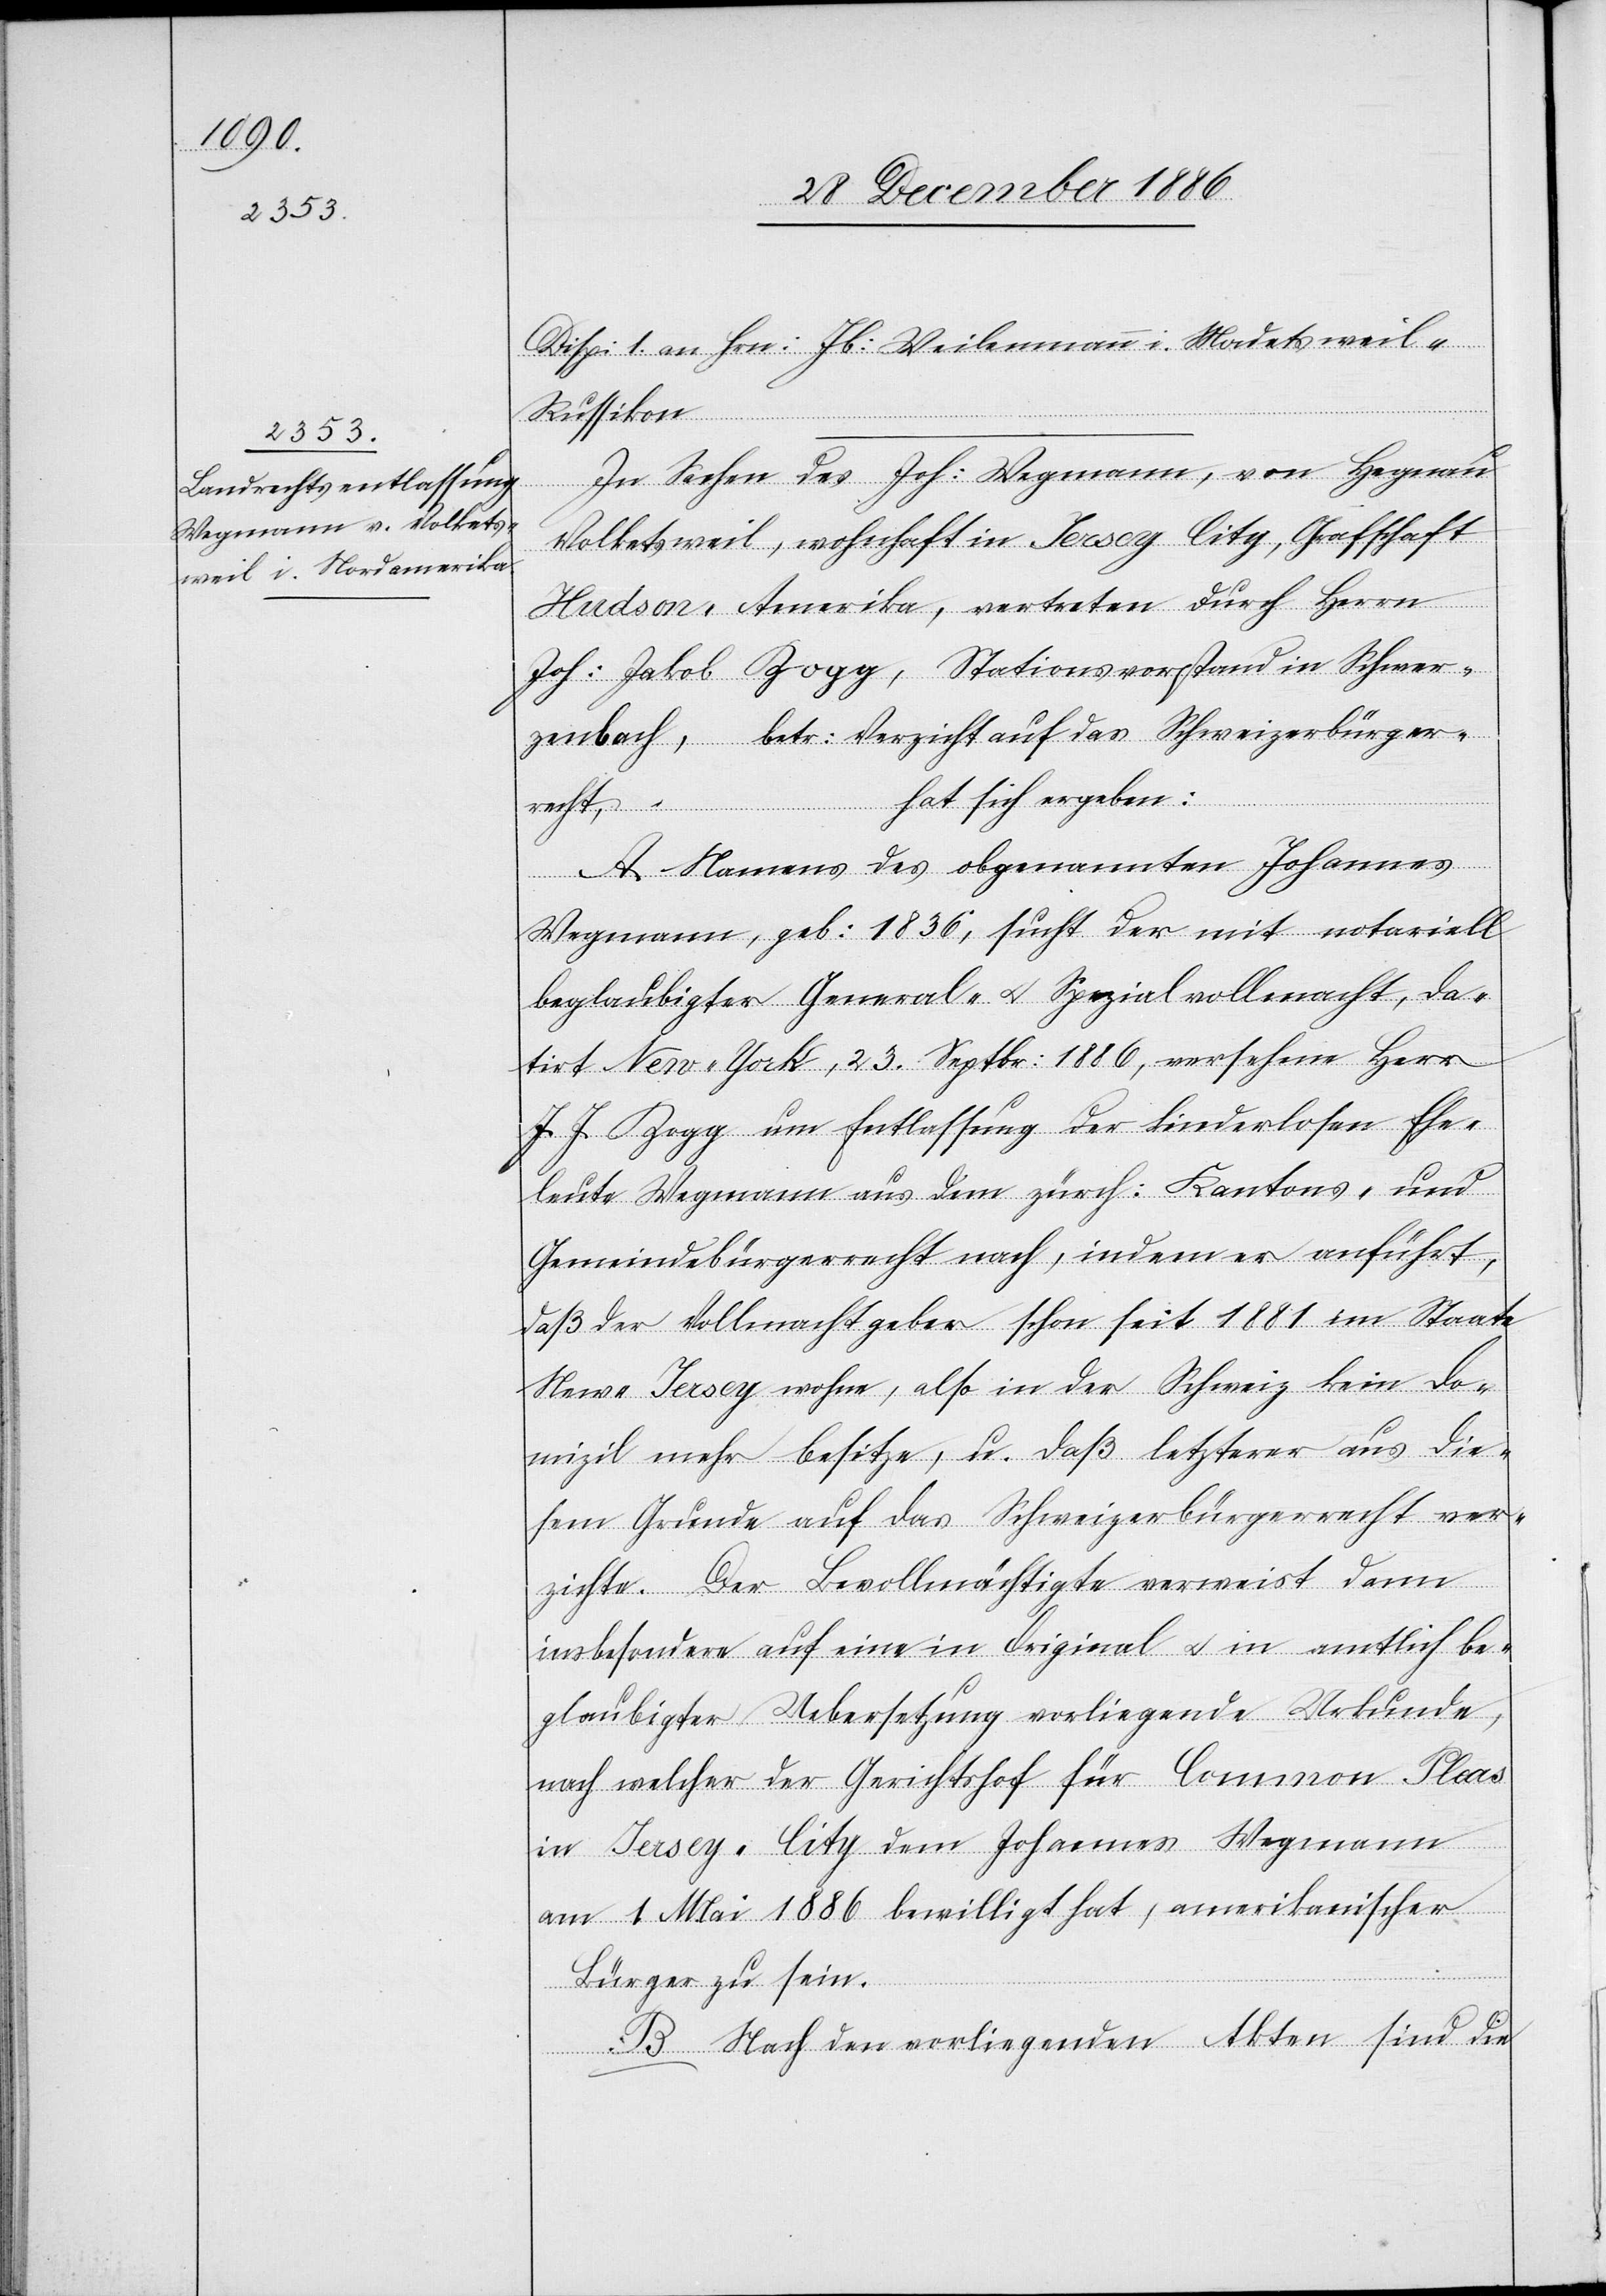
Disp: 1. an Hrn: Jb: Weilenmann i. Madetsweil
-
Russikon.
In Sachen des Joh: Wegmann, von Hegnau
Volketsweil, wohnhaft in Jersey City, Grafschaft
Hudson, Amerika, vertreten durch Herrn
Joh: Jakob Zogg, Stationsvorstand in Schwer¬
zenbach, betr: Verzicht auf das Schweizerbürger¬
hat sich ergeben:
recht,
A. Namens des obgenannten Johannes
Wegmann, geb: 1836, sucht der mit notariell
beglaubigter General- & Spezialvollmacht, da¬
tirt New-York, 23. Septbr: 1886, versehene Herr
J. J. Zogg um Entlassung der kinderlosen Ehe¬
leute Wegmann aus dem zürch: Kantons- und
Gemeindebürgerrecht nach, indem er anführt,
daß der Vollmachtgeber schon seit 1881 im Staate
New-Jersey wohne, also in der Schweiz kein Do¬
mizil mehr besitze, u. daß letzterer aus die¬
sem Grunde auf das Schweizerbürgerrecht ver¬
zichte. Der Bevollmächtigte verweist dann
insbesondere auf eine in Original & in amtlich be¬
glaubigter Uebersetzung vorliegende Urkunde,
nach welcher der Gerichtshof für Common Pleas
in Jersey-City dem Johannes Wegmann
am 1. Mai 1886 bewilligt hat, amerikanischer
Bürger zu sein.
B. Nach den vorliegenden Akten sind die